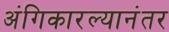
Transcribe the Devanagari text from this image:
अंगिकारल्यानंतर